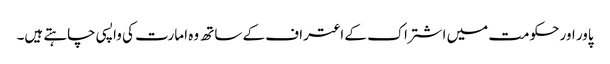
پاور اور حکومت میں اشتراک کے اعتراف کے ساتھ وہ امارت کی واپسی چاہتے ہیں۔